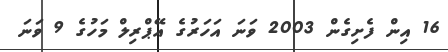
16 އިން ފެށިގެން 2003 ވަނަ އަހަރުގެ އޭޕްރިލް މަހުގެ 9 ވަނަ